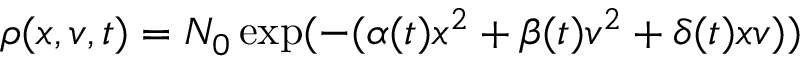
\rho ( x , v , t ) = N _ { 0 } \exp ( - ( \alpha ( t ) x ^ { 2 } + \beta ( t ) v ^ { 2 } + \delta ( t ) x v ) )